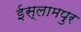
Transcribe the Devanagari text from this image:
ईस्लामपुर